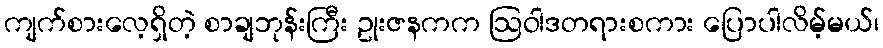
ကျက်စားလေ့ရှိတဲ့ စာချဘုန်းကြီး ဥုးဇနကက ဩဝါဒတရားစကား ပြောပါလိမ့်မယ်၊